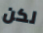
لكن